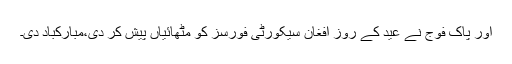
اور پاک فوج نے عید کے روز افغان سیکورٹی فورسز کو مٹھائیاں پیش کر دی،مبارکباد دی۔